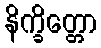
နိက္ခိတ္တော